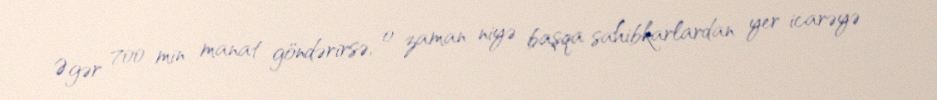
Əgər 700 min manat göndərirsə, o zaman niyə başqa sahibkarlardan yer icarəyə